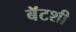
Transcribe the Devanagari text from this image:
बॅटशी